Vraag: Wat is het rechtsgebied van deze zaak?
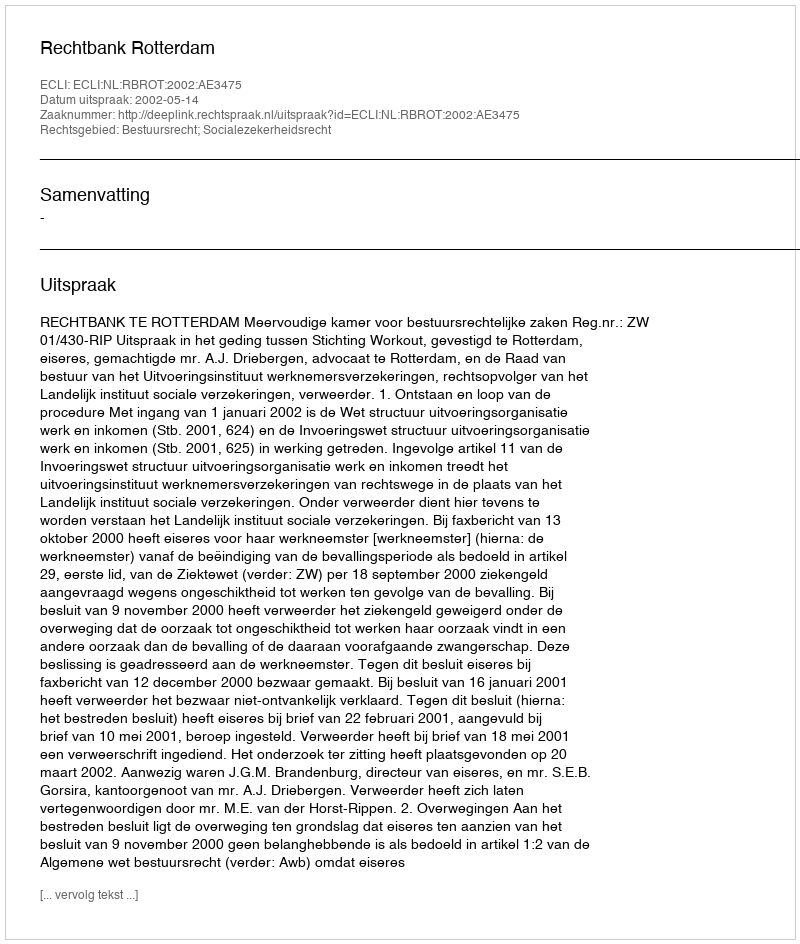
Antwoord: Bestuursrecht; Socialezekerheidsrecht